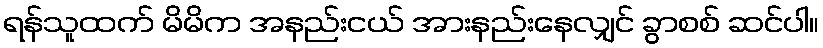
ရန်သူထက် မိမိက အနည်းငယ် အားနည်းနေလျှင် ခွာစစ် ဆင်ပါ။